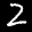
Label: 2